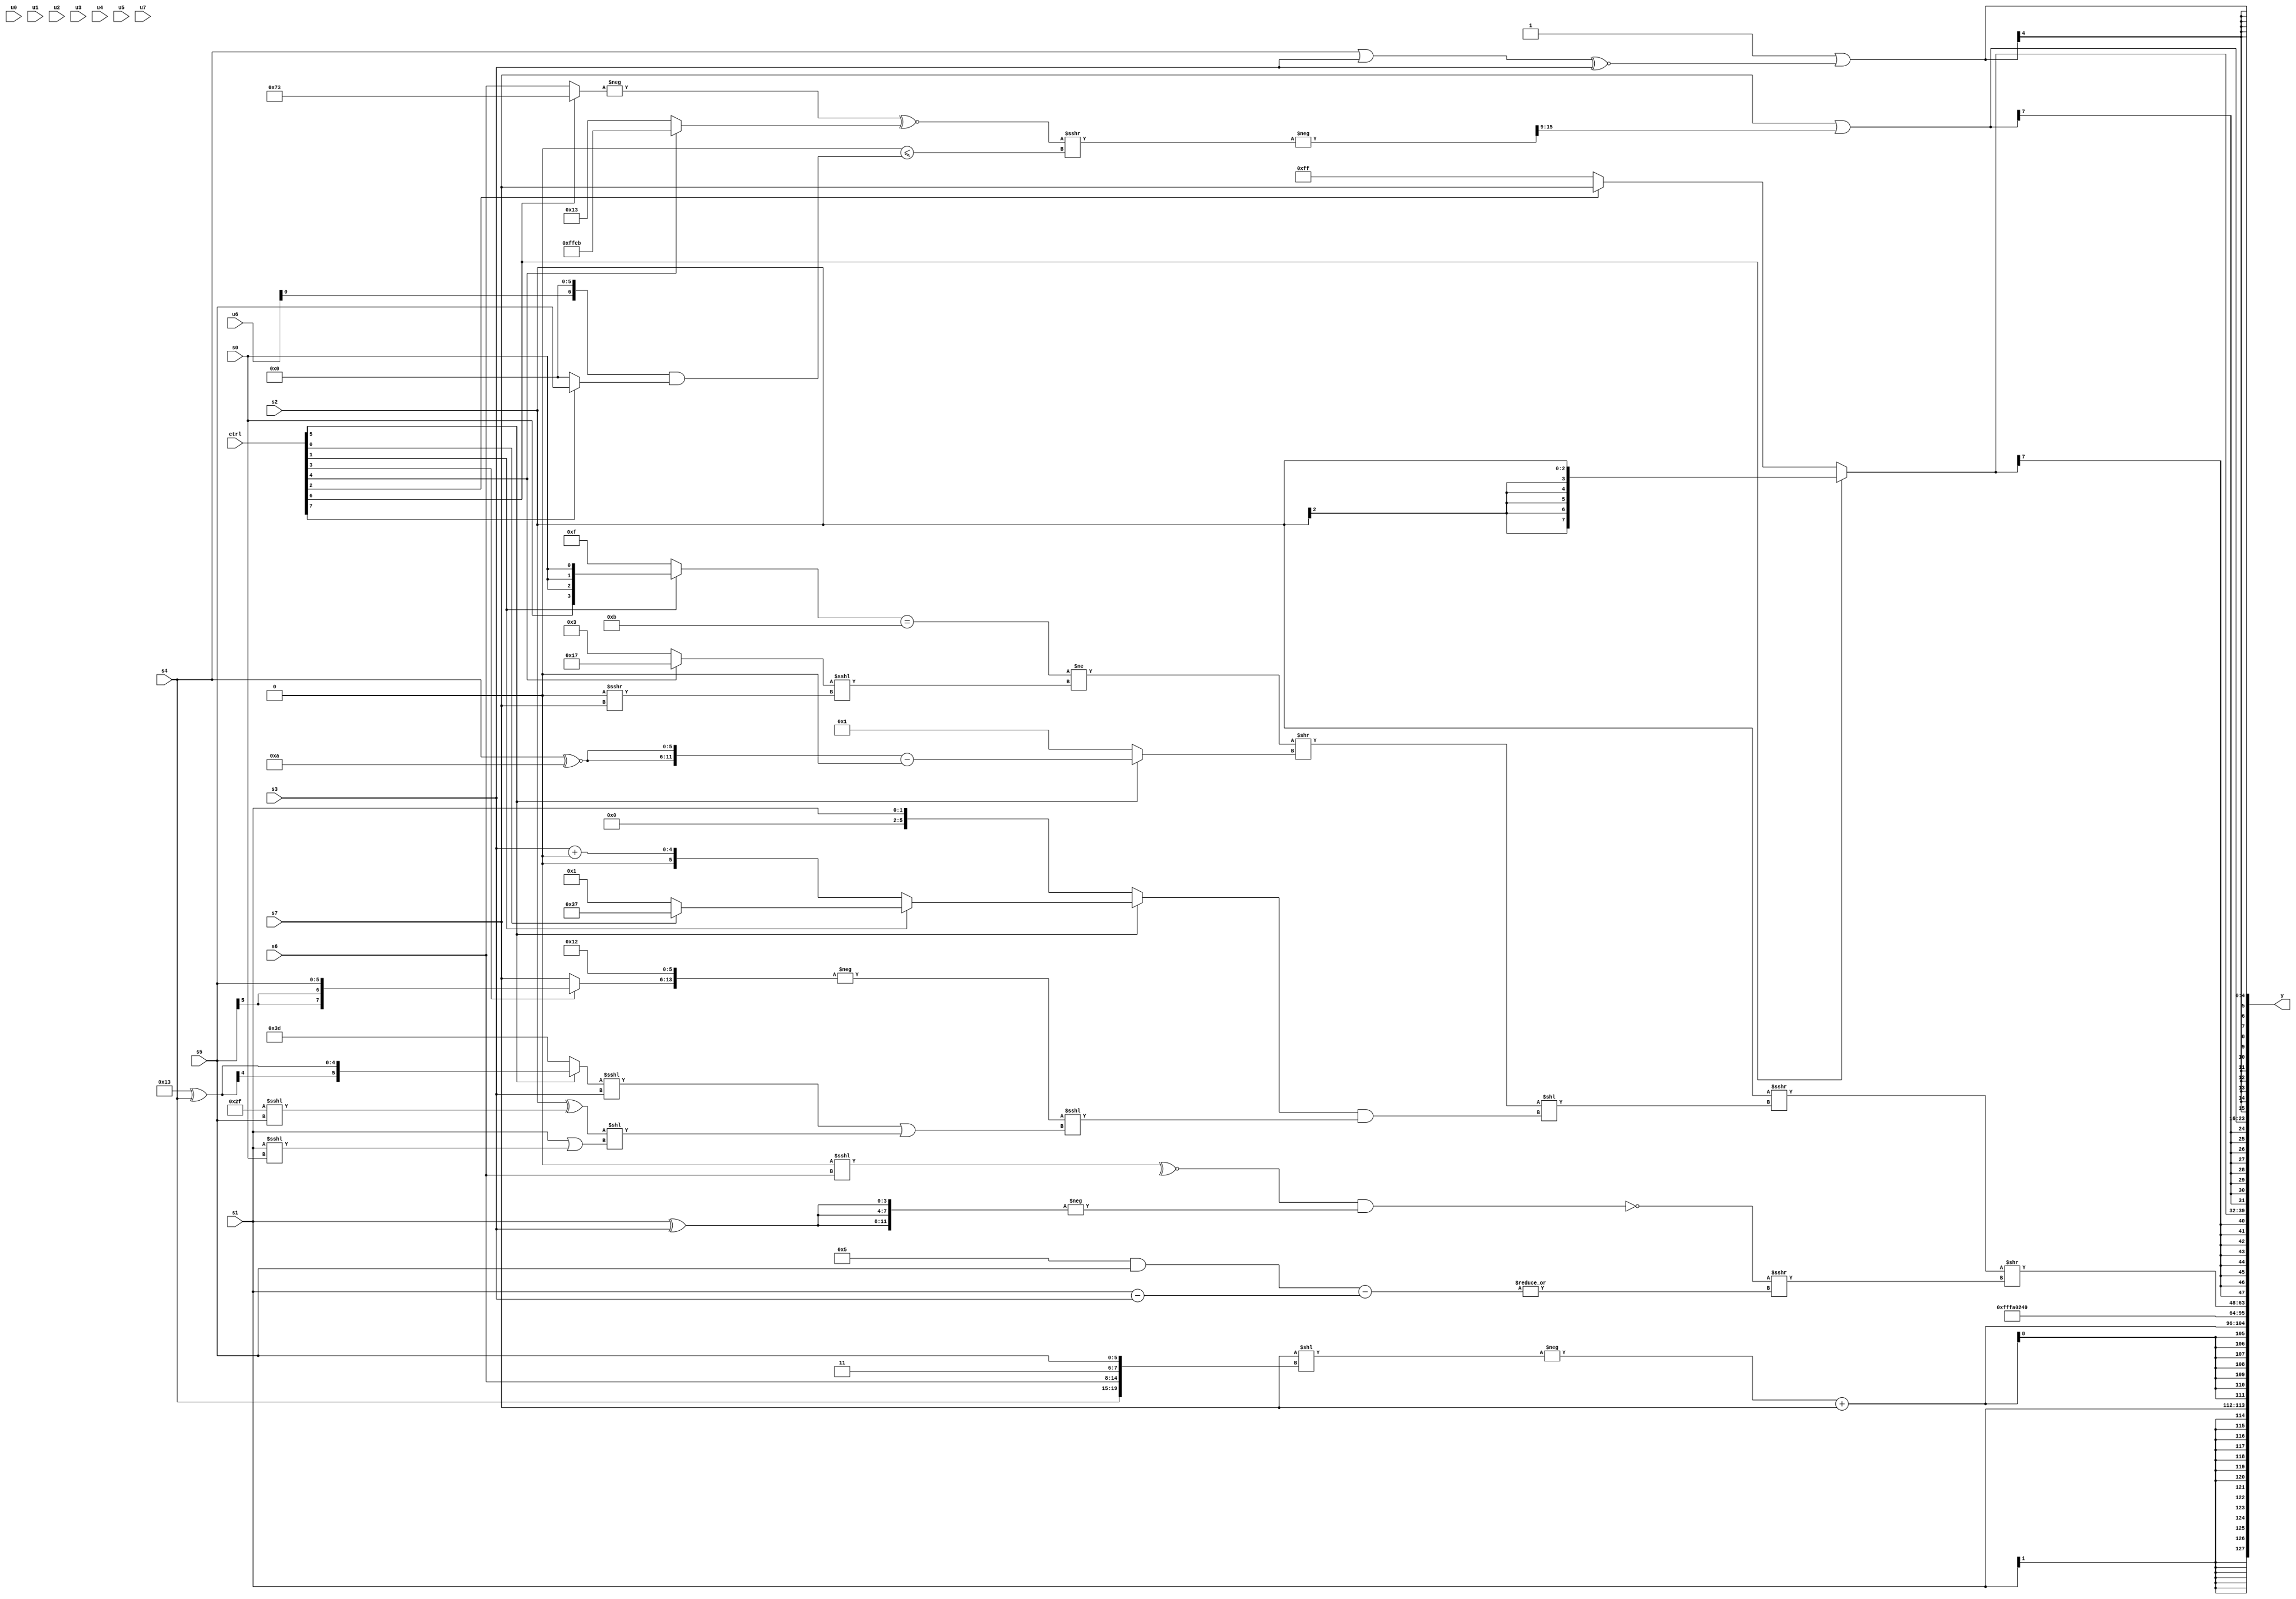
module wideexpr_00517(ctrl, u0, u1, u2, u3, u4, u5, u6, u7, s0, s1, s2, s3, s4, s5, s6, s7, y);
  input [7:0] ctrl;
  input [0:0] u0;
  input [1:0] u1;
  input [2:0] u2;
  input [3:0] u3;
  input [4:0] u4;
  input [5:0] u5;
  input [6:0] u6;
  input [7:0] u7;
  input signed [0:0] s0;
  input signed [1:0] s1;
  input signed [2:0] s2;
  input signed [3:0] s3;
  input signed [4:0] s4;
  input signed [5:0] s5;
  input signed [6:0] s6;
  input signed [7:0] s7;
  output [127:0] y;
  wire [15:0] y0;
  wire [15:0] y1;
  wire [15:0] y2;
  wire [15:0] y3;
  wire [15:0] y4;
  wire [15:0] y5;
  wire [15:0] y6;
  wire [15:0] y7;
  assign y = {y0,y1,y2,y3,y4,y5,y6,y7};
  assign y0 = s1;
  assign y1 = ($signed(+(-((s7)<<($signed({s4,s6,(2'sb11)>>>(6'sb001001),s5}))))))+($signed(s7));
  assign y2 = 5'sb11010;
  assign y3 = {4{-(3'sb111)}};
  assign y4 = ((s2)>>>((+((($signed(((ctrl[1]?s0:4'sb1111))==(4'sb1011)))!=(((ctrl[4]?+(6'b010111):$signed(6'sb000011)))<<<(-((1'sb0)>>>(s7)))))>>((ctrl[5]?({2{(s4)^~(6'sb001010)}})-((5'b00000)<<((1'sb1)+(6'sb101001))):(+(+(3'b010)))!=(5'sb01010)))))<<(((ctrl[5]?(ctrl[1]?(ctrl[0]?6'sb110111:(ctrl[5]?1'sb1:(ctrl[5]?s0:s1))):(ctrl[5]?(s3)+((2'sb00)>>(5'sb00111)):s2)):s1))&((-({(ctrl[3]?s5:+(s7)),6'sb010010}))<<<((((ctrl[5]?(5'sb10011)^(s4):4'sb1101))<<<(s3))|(((s2)^((6'sb101111)<<<(s5)))<<((s1)|((s1)<<<(s0)))))))))>>((-(!((~^(($signed({4{1'sb0}}))<<<(s6)))&({1{-({3{(s1)^(s3)}})}}))))>>>({$signed(-(|($signed(((5'sb00101)&(s5))-((s1)-(s3))))))}));
  assign y5 = $signed((ctrl[6]?s2:+((ctrl[2]?(ctrl[6]?(s7)+(2'sb01):s7):$signed((2'sb11)|($signed(1'sb0)))))));
  assign y6 = (s7)|((+(-(((-((ctrl[6]?6'sb110011:s6)))^~((ctrl[4]?$signed(6'b101011):(6'sb001111)-(3'sb100))))>>>((((6'b001000)-(s2))>>>({4{2'sb01}}))<=(((u6)<<(3'sb110))&((ctrl[7]?s5:1'b0)))))))>>>($signed(4'sb1001)));
  assign y7 = ($signed(1'sb1))|($signed({$signed(((s4)|(s3))^~(s3))}));
endmodule